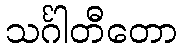
သင်္ဂါတီတော